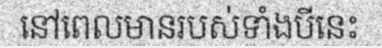
នៅពេលមានរបស់ទាំងបីនេះ